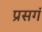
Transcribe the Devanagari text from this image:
प्रसगं